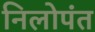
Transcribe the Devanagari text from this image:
निलोपंत